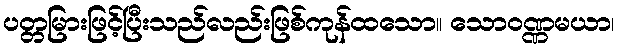
ပတ္တမြားဖြင့်ပြီးသည်လည်းဖြစ်ကုန်ထသော။ သောဝဏ္ဏမယာ၊